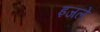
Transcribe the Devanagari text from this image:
इजले